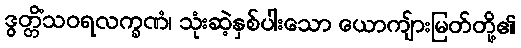
ဒွတ္တိံသဝရလက္ခဏံ၊ သုံးဆဲ့နှစ်ပါးသော ယောကျ်ားမြတ်တို့၏